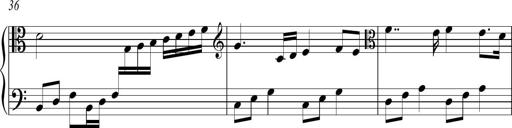
Title: Sonatina No.2 in C
Composer: A. Marando
Key: C major